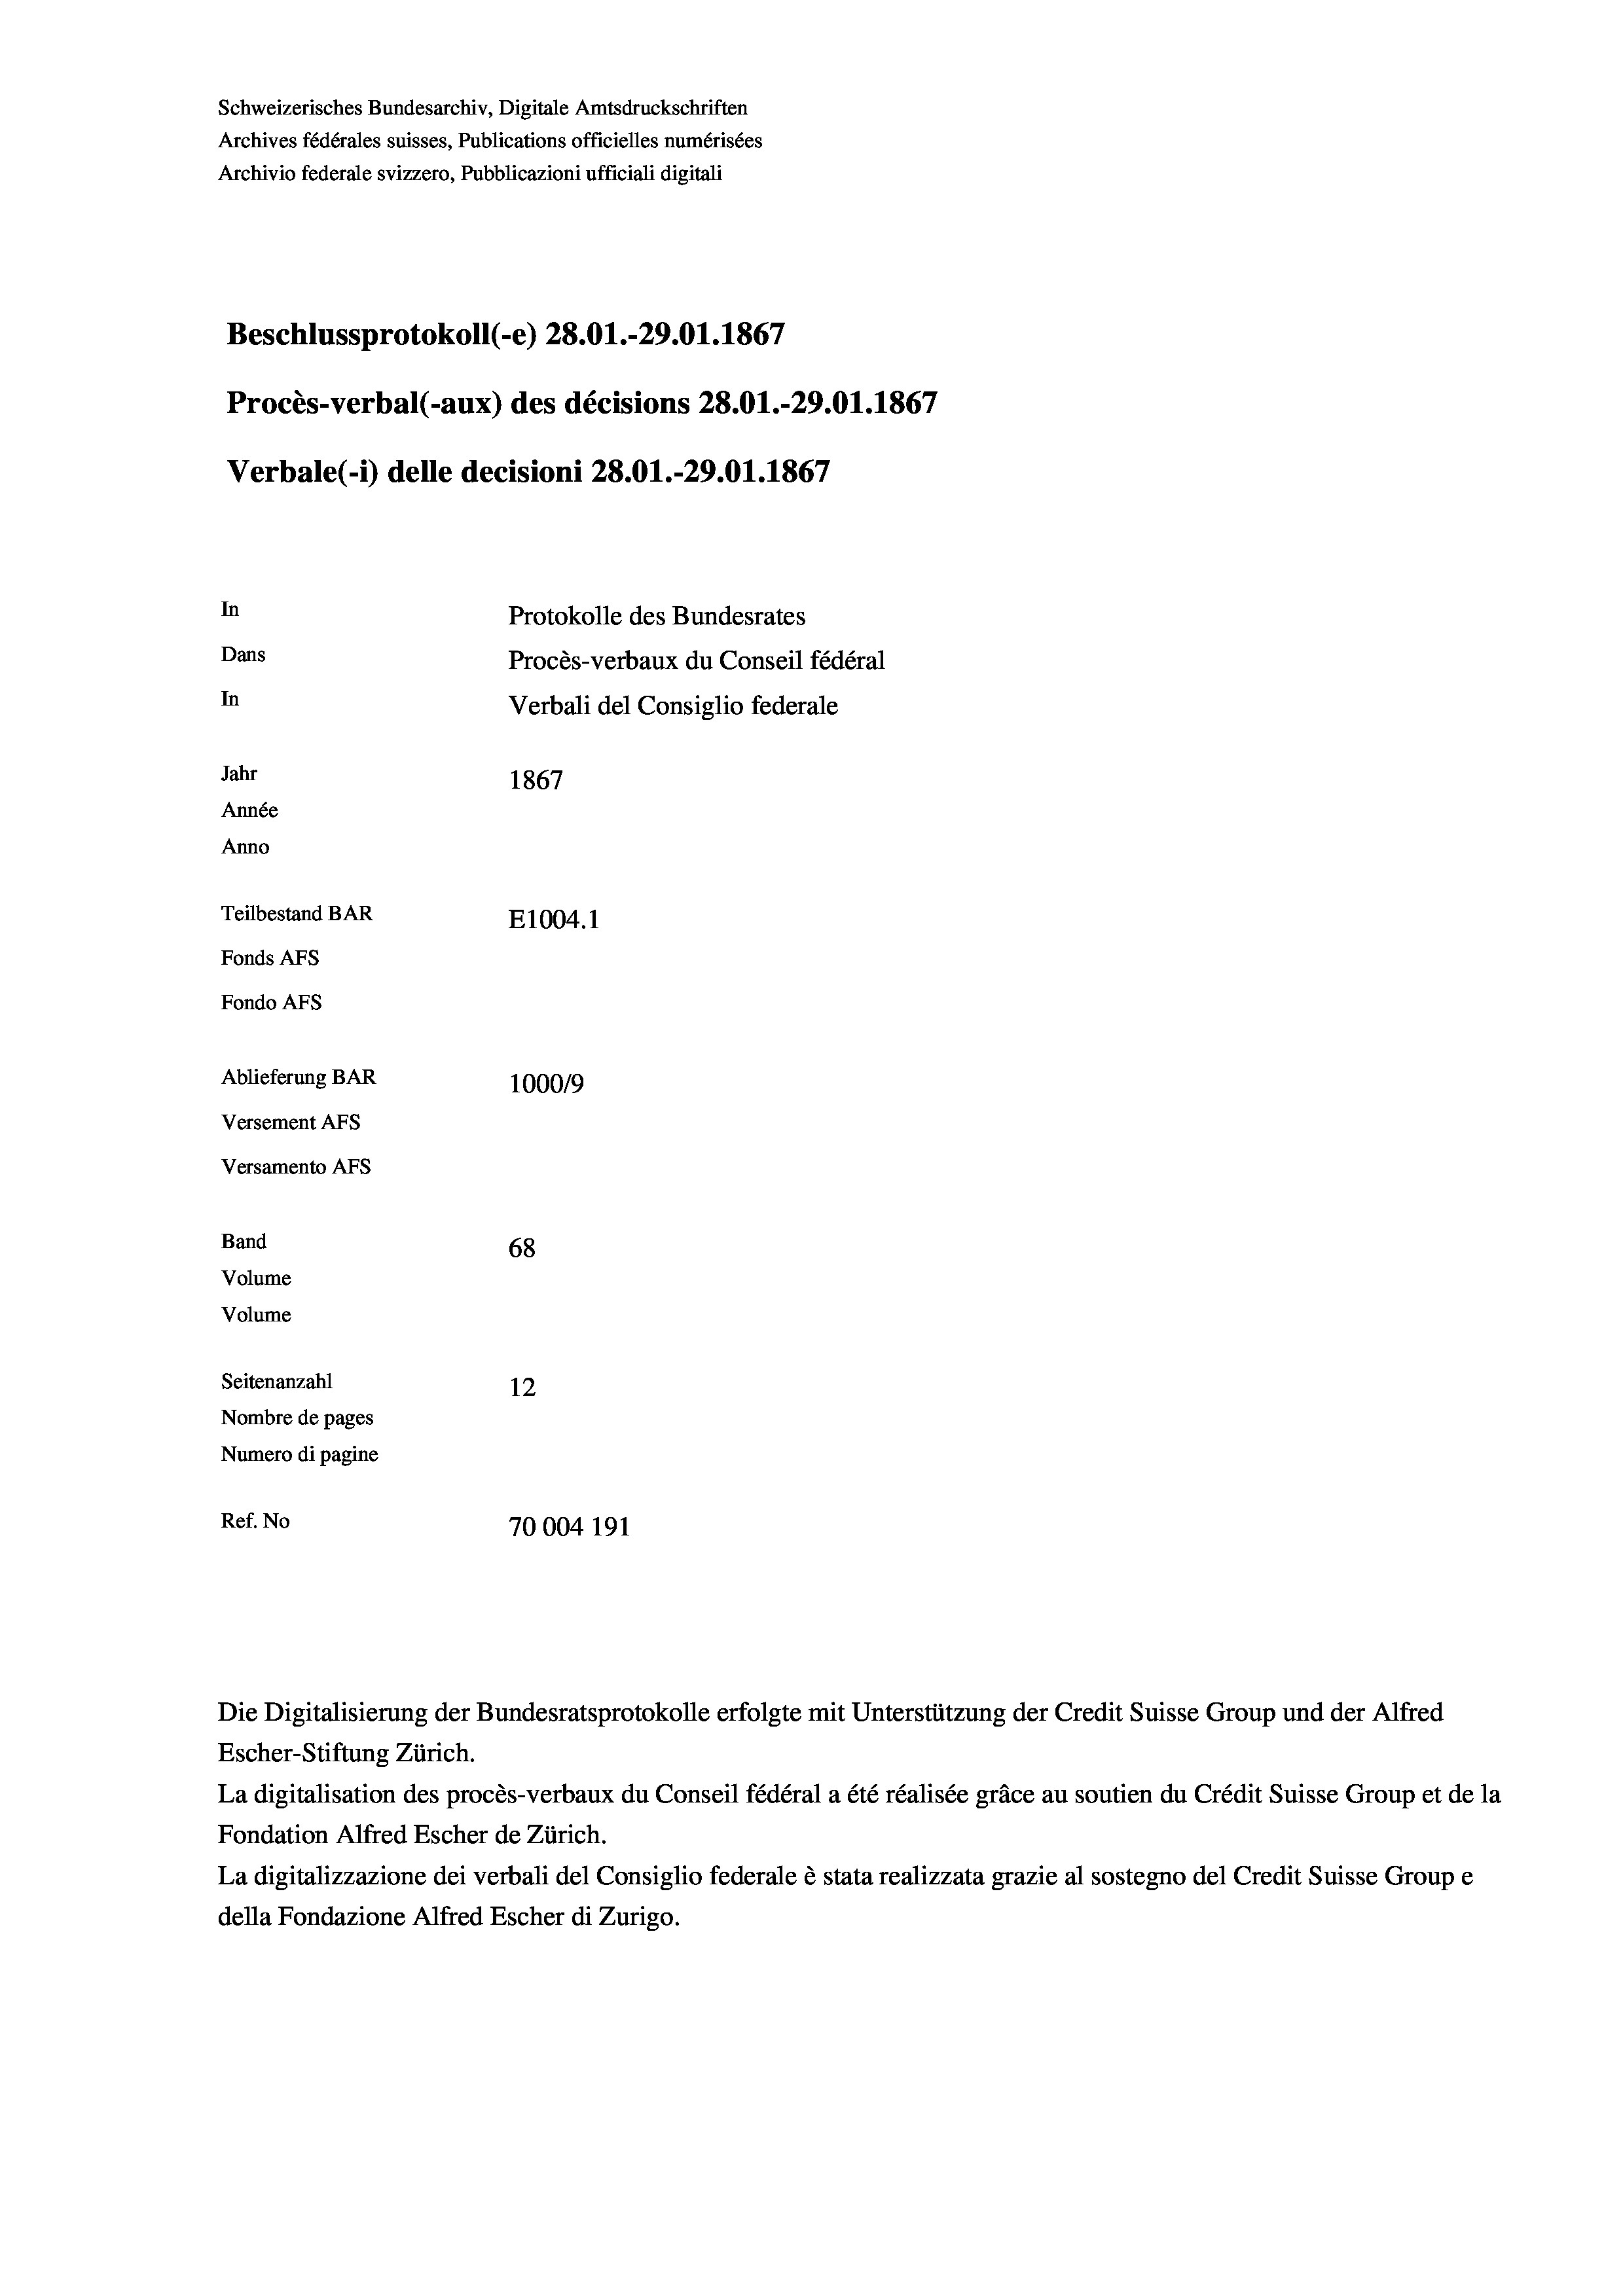
Schweizerisches Bundesarchiv, Digitale Amtsdruckschriften
Archives fédérales suisses, Publications officielles numérisées
Archivio federale svizzero, Pubblicazioni ufficiali digitali
Beschlussprotokoll (-e) 28.01.-29.01.1867
Procès-verbal (-aux) des décisions 28.01.-29.01. 1867
In
Protokolle des Bundesrates
Dans
Procès-verbaux du Conseil fédéral
In
Verbali del Consiglio federale
Jahr
1867
Année
Anno
Teilbestand BAR
E1004.1
Fonds Afs
Fondo AFS

Ablieferung BAR
Versement AFs
Versamento AFs
Band
Volume
Volume
Seitenanzahl

Verbale(-*) delle decisioni 28.01.-29.01. 1867

100019
68
12
Nombre de pages
Numero di pagine
Ref. No
70004 191

Escher-Stiftung Zürich.
La digitalisation des procès-verbaux du Conseil fédéral a été réalisée gräce au soutien du Crédit Suisse Group et de la
Fondation Alfred Escher de Zürich.
La digitalizzazione dei verbali del Consiglio federale è stata realizzata grazie al sostegno del Credit Suisse Groupe
della Fondazione Alfred Escher di Zurigo.

Die Digitalisierung der Bundesratsprotokolle erfolgte mit Unterstützung der Credit Suisse Group und der Alfred